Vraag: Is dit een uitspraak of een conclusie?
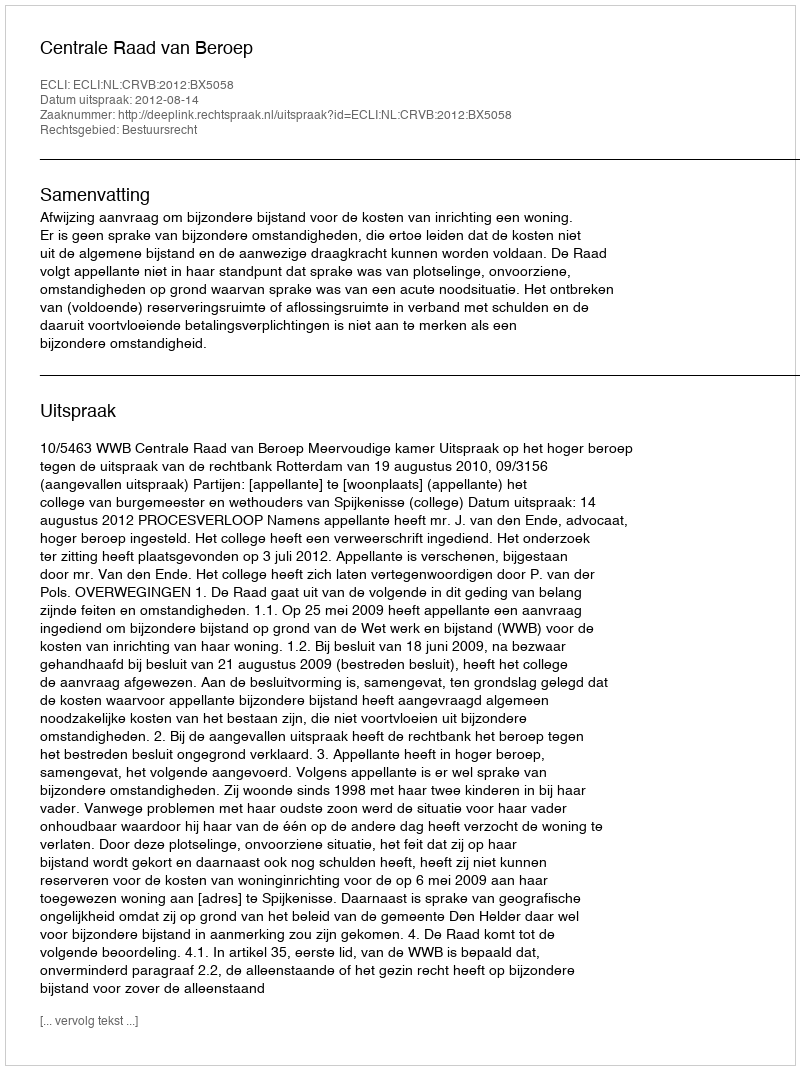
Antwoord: Uitspraak